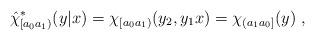
LaTeX: \begin{align*}\hat{\chi}^*_{[a_0a_1)} (y|x) = \chi_{[a_0a_1)} (y_2,y_1 x) = \chi_{(a_1a_0]}(y) \ ,\end{align*}